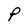
Character: P